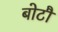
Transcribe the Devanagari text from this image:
बोटौ